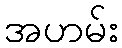
အဟမ်း